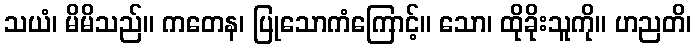
သယံ၊ မိမိသည်။ ကတေန၊ ပြုသောကံကြောင့်။ သော၊ ထိုခိုးသူကို။ ဟညတိ၊